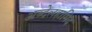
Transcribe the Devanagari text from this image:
अब्देलहामिद